Bréfritari: Lárus Bjarnason
Dagsetning: A-1875-03-21
Skrifað á: Vesturheimi

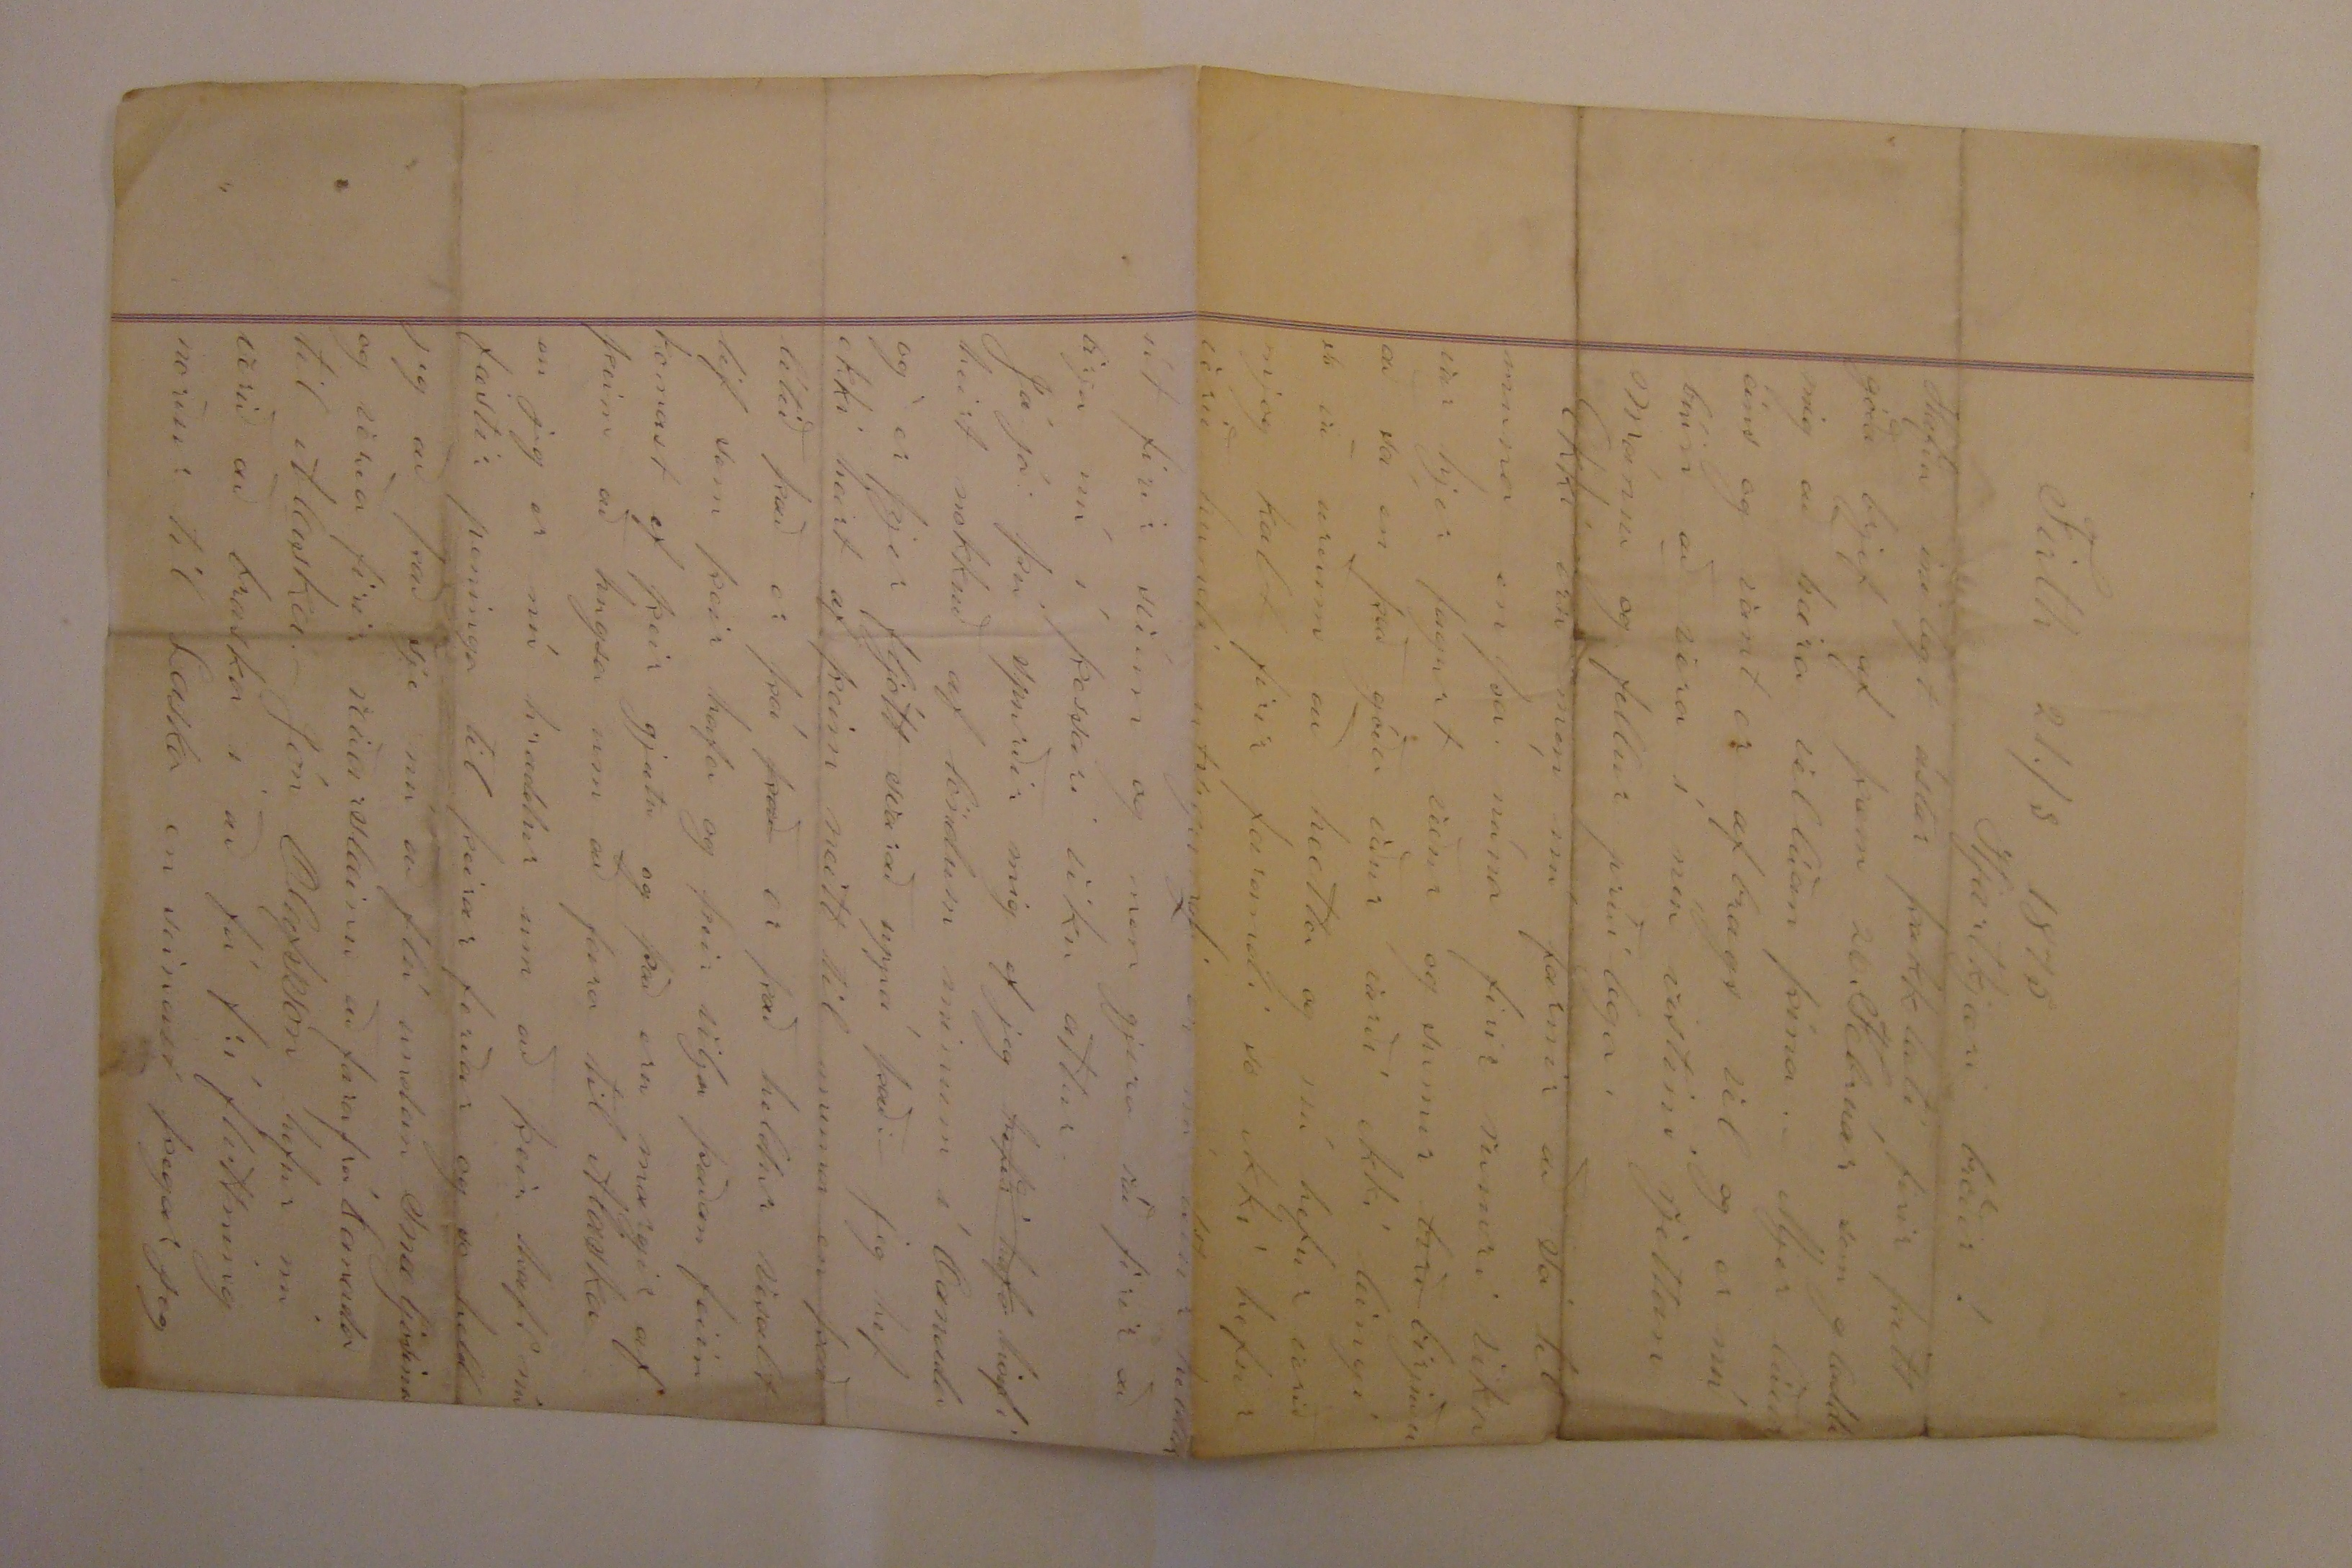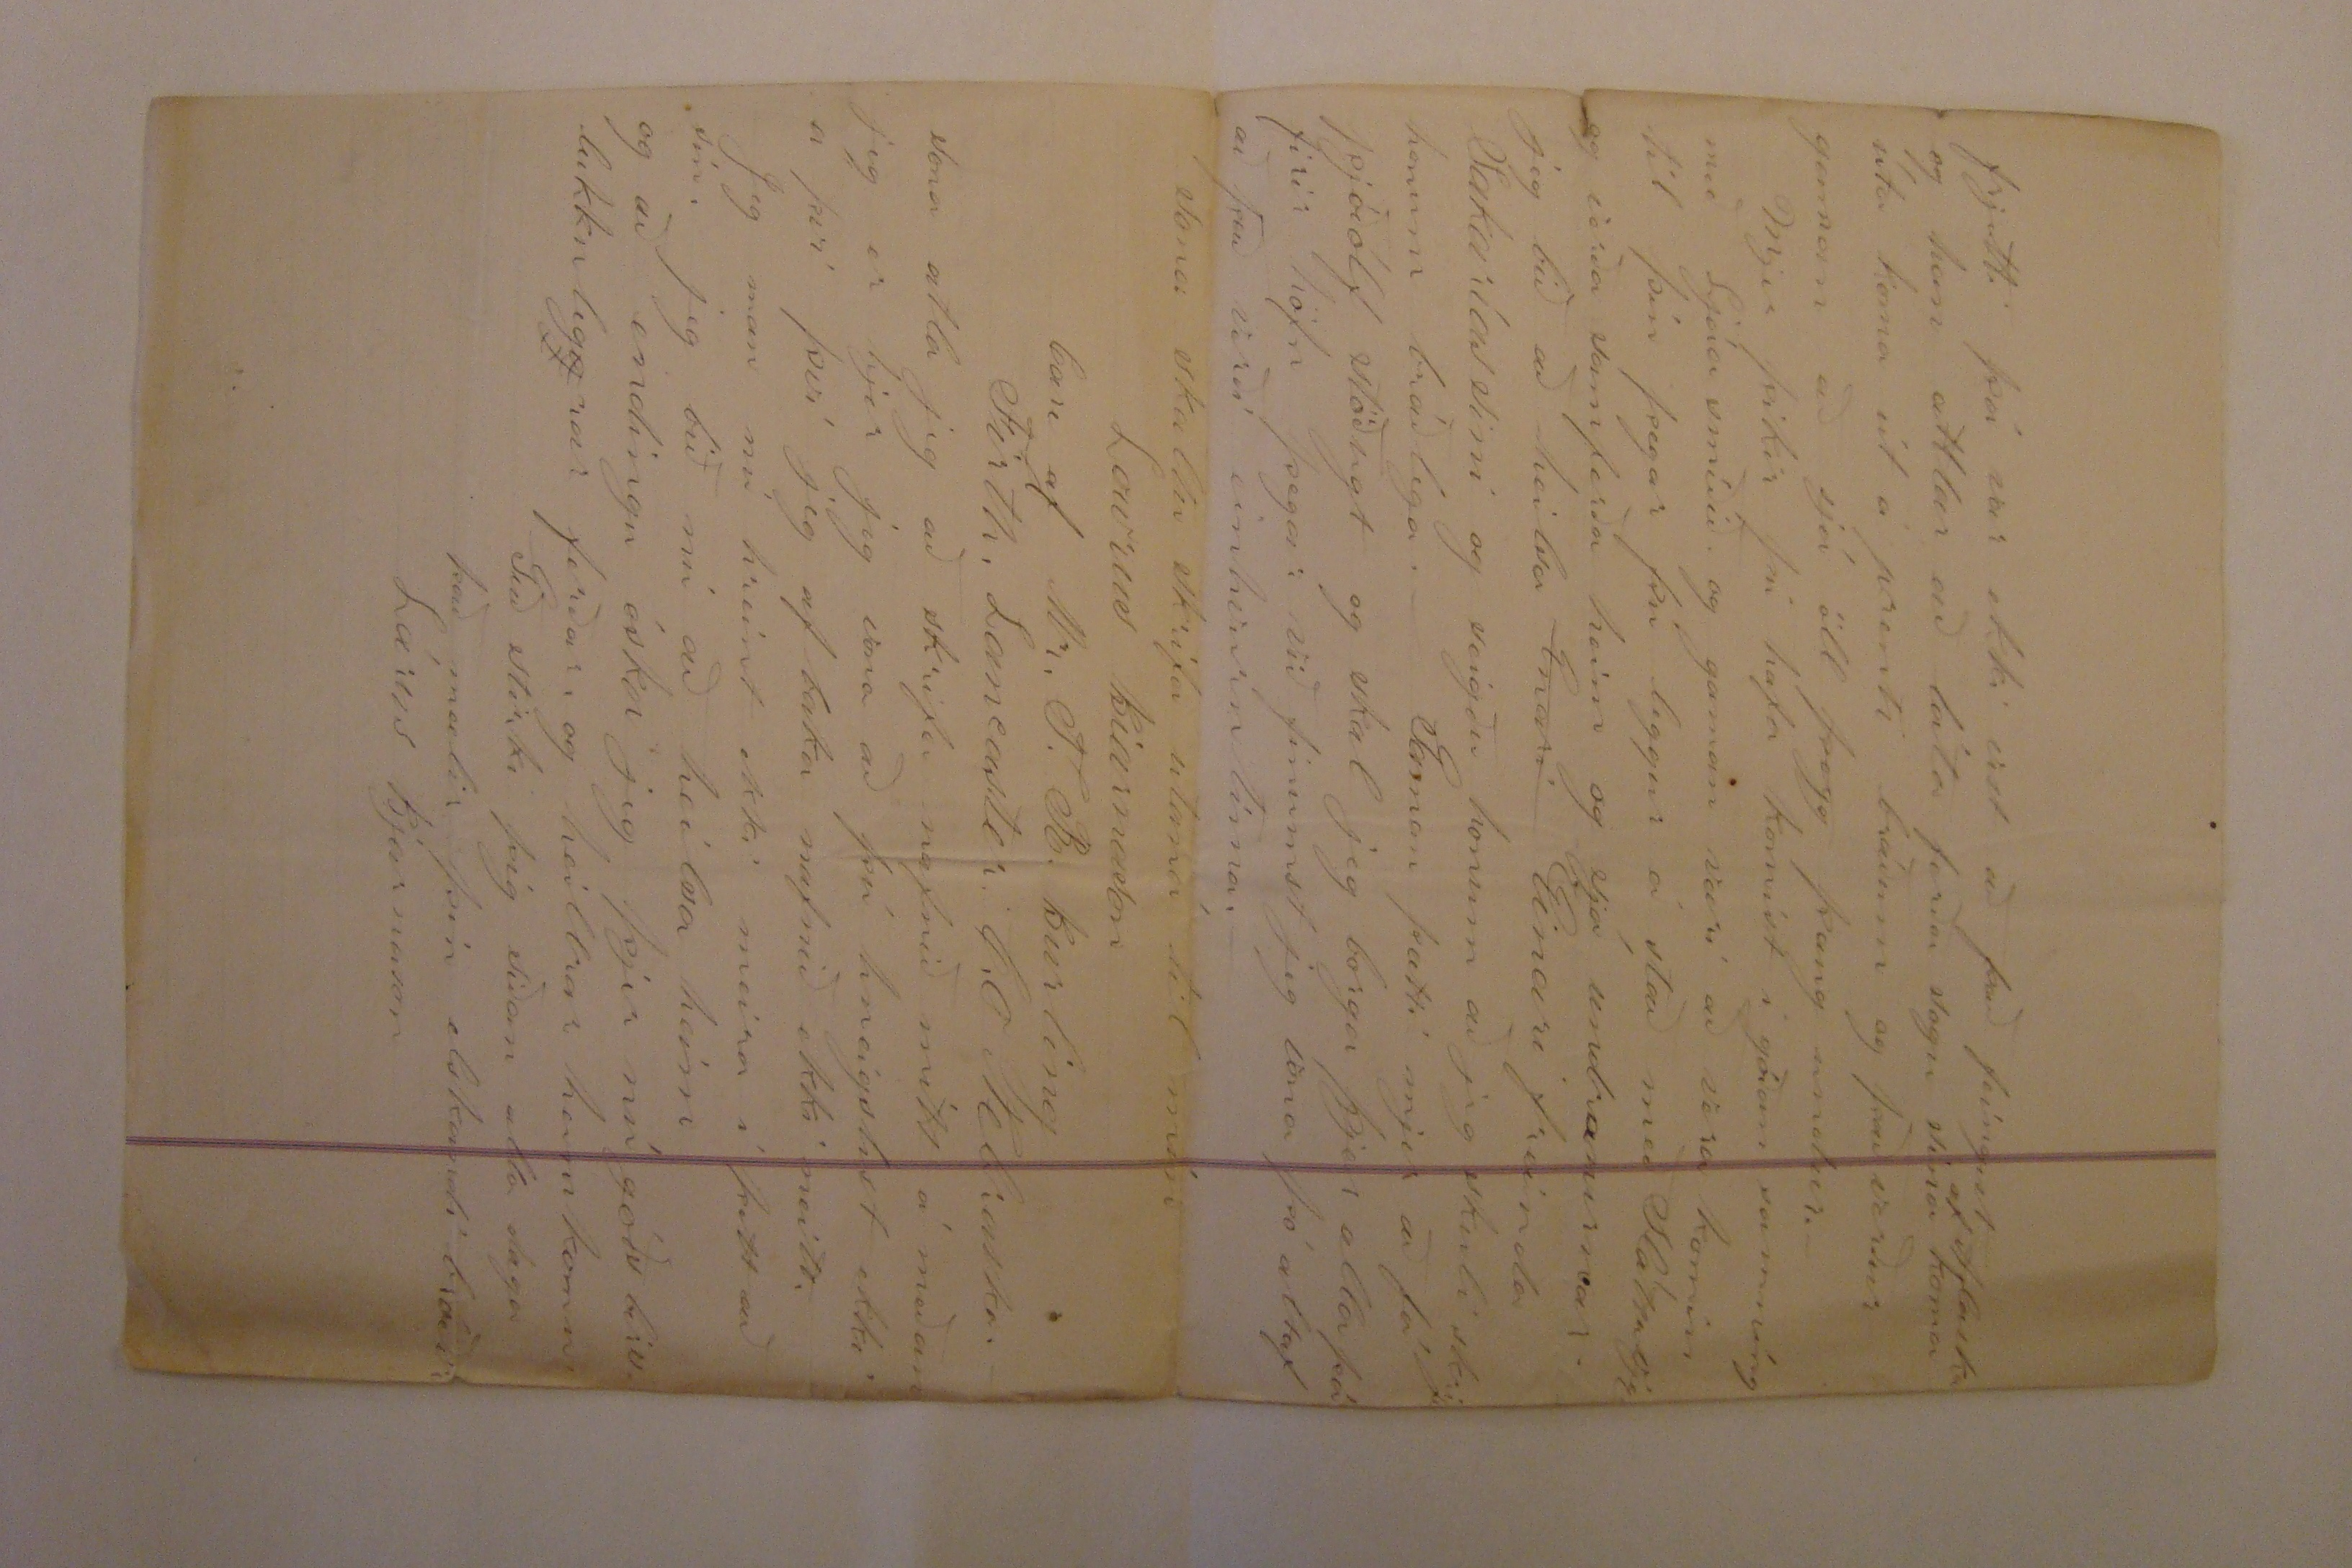

Firth 21./3 1875
Hjartkjæri bróðir!
Hafðu inilegt ástar þakklæti firir þitt góða brjef af
þæm
20. Febrúar sem gladdi mig að heira vellíðan þína. Mjer líður eins og vant er afbrags vel og er nú búin að vera í níu vistini rjettan mánuð og fellur príðilega.
Ekki eru men nú farnir að sá til muna en þá núna firir rumri viku var hjer fagurt veður og sumir
birð
birjuðu að sá en það góða veður varði ekki leingi so að urðum að hætta og nú hefur verið mjog kalt firir farandi so ekki hefur verið hundi utsigandi en nú lítur heldur út firir s0000 og men gjera ráð firir að birja nú í þessari viku attur.
Já já þú spurðir mig ef jeg
hefði hafa
hafi heirt nokkuð af löndum mínum í Canada og er þjer fljótt svarað uppá það: jeg hef ekki heirt af þeim neitt til muna en það lítið það er þá
það
er það heldur vesælt líf sem þeir hafa og þeir vilja þaðan feiin komast ef þeir gjætu og það eru margir af þeim að hugsa um að fara til Alaska en jeg er nú hræddur um að þeir hafi nú fæstir peninga til þeirar ferðar og so held jeg að það sje nú að flá undan Snæljosinu og verða firir reiðarslæinu að fara frá Canada til Alaska. Jón Olafsson hefur nú verið að braska í að fá frí fluttning norður til Laska en seinast þegar jeg
frjetti þá var ekki vist að það feingist og han attlar að láta ferða sogu sína
af Alaska
koma úta koma út á prenti bráðum og það verður gaman að sjá öll
þ0gg
þaug undur.
Mjer þikir þú hafa komist í góðan samníng með Ljáasmíðið og gaman væri að vera komin til þín þegar þú leggur á stað með Sláttuvjel og verða samferða heim og sjá undranirnar jeg bið að heilsa
Enari
Einari frænda Sakaríassini og seigðu honum að jeg skuli skrifa honum bráðlega. Gaman þætti mjer að fá þjóðólf stöðugt og skal jeg borga þjer alla þá firir höfn þegar við finumst jeg vona þó altaf að það verði einhvurn tíma.
Sona skaltu skrifa utaná til mín
Lowrus
Biarnason Case of Mr. T. R. Burling Firth. Lancaster C.o Nebraska.
Sona atla jeg að skrifa nafnið mitt á meðan jeg er hjer jeg vona að þú hneigslist ekki a því því jeg af baka nafnið ekki neitt.
Jeg man nú hreint ekki meira í þettað sin. jeg bið nú að heilsa heim og að endingu óska jeg þjer nú góð0 0000 lukkuleg
g
rar ferðar og heillrar heimkomu
Guð stirki þig síðan alla daga það mælir þin elskandi bróðir
Lárus Bjarnason